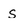
Character: s